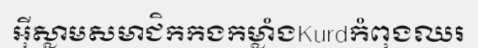
អ៊ីស្លាមសមាជិកកងកម្លាំងKurdកំពុងឈរ